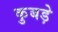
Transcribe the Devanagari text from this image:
कुबड़े